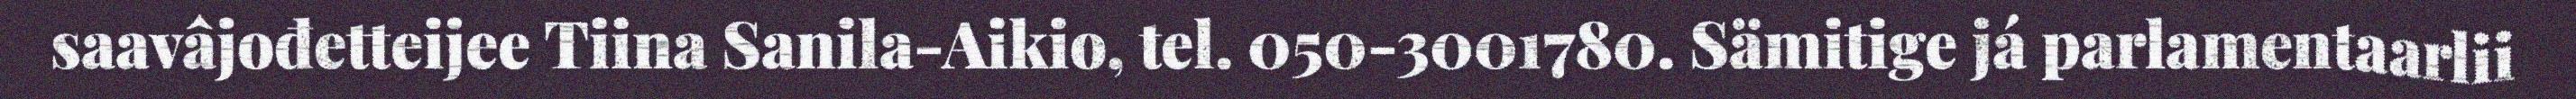
saavâjođetteijee Tiina Sanila-Aikio, tel. 050-3001780. Sämitige já parlamentaarlii